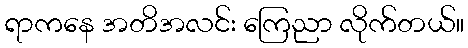
ရာကနေ အတိအလင်း ကြေညာ လိုက်တယ်။